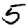
Digit: 5